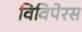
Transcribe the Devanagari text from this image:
विविपेरस